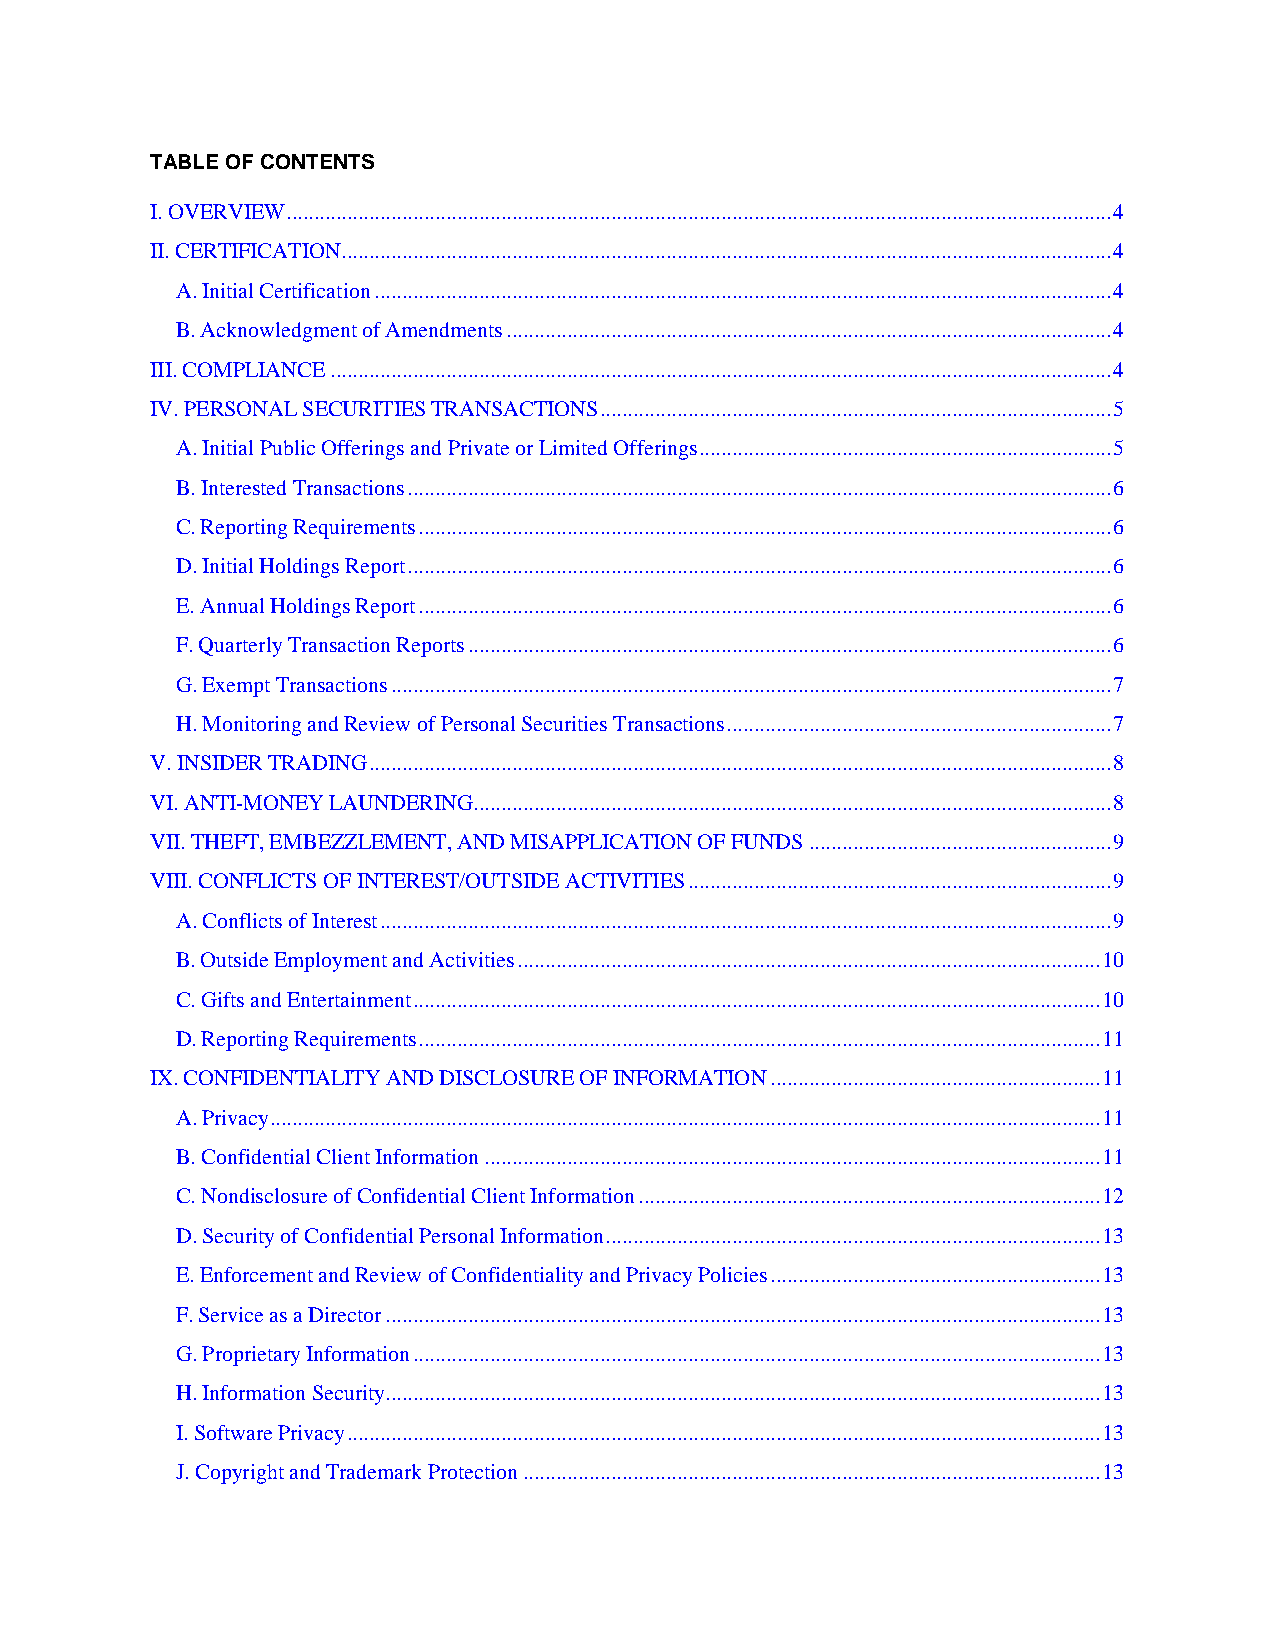
TABLE OF CONTENTS
 I. OVERVIEW ...................................................................................................................................................... 4
 II. CERTIFICATION ............................................................................................................................................ 4
 A. Initial Certification ...................................................................................................................................... 4
 B. Acknowledgment of Amendments .............................................................................................................. 4
 III. COMPLIANCE .............................................................................................................................................. 4
 IV. PERSONAL SECURITIES TRANSACTIONS ............................................................................................. 5
 A. Initial Public Offerings and Private or Limited Offerings ........................................................................... 5
 B. Interested Transactions ................................................................................................................................ 6
 C. Reporting Requirements .............................................................................................................................. 6
 D. Initial Holdings Report ................................................................................................................................ 6
 E. Annual Holdings Report .............................................................................................................................. 6
 F. Quarterly Transaction Reports ..................................................................................................................... 6
 G. Exempt Transactions ................................................................................................................................... 7
 H. Monitoring and Review of Personal Securities Transactions ...................................................................... 7
 V. INSIDER TRADING ....................................................................................................................................... 8
 VI. ANTI-MONEY LAUNDERING .................................................................................................................... 8
 VII. THEFT, EMBEZZLEMENT, AND MISAPPLICATION OF FUNDS ....................................................... 9
 VIII. CONFLICTS OF INTEREST/OUTSIDE ACTIVITIES ............................................................................. 9
 A. Conflicts of Interest ..................................................................................................................................... 9
 B. Outside Employment and Activities .......................................................................................................... 10
 C. Gifts and Entertainment ............................................................................................................................. 10
 D. Reporting Requirements ............................................................................................................................ 11
 IX. CONFIDENTIALITY AND DISCLOSURE OF INFORMATION ............................................................ 11
 A. Privacy ....................................................................................................................................................... 11
 B. Confidential Client Information ................................................................................................................ 11
 C. Nondisclosure of Confidential Client Information .................................................................................... 12
 D. Security of Confidential Personal Information .......................................................................................... 13
 E. Enforcement and Review of Confidentiality and Privacy Policies ............................................................ 13
 F. Service as a Director .................................................................................................................................. 13
 G. Proprietary Information ............................................................................................................................. 13
 H. Information Security.................................................................................................................................. 13
 I. Software Privacy ......................................................................................................................................... 13
 J. Copyright and Trademark Protection ......................................................................................................... 13